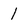
Character: 1